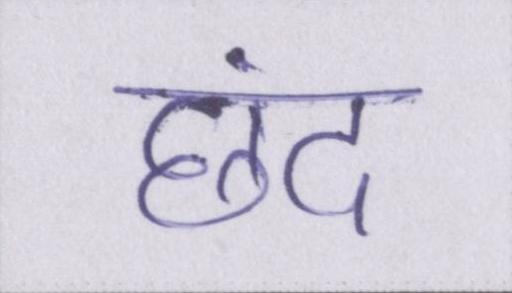
छंद